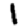
Digit: 1